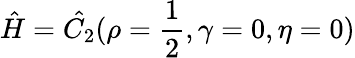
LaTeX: \hat{H}=\hat{C_{2}}(\rho=\frac{1}{2},\gamma=0,\eta=0)